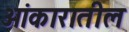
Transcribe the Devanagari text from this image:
ओंकारातील